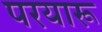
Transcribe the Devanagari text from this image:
परयारू